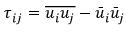
{ \tau _ { i j } } = \overline { { { u _ { i } } { u _ { j } } } } - { { \bar { u } } _ { i } } { { \bar { u } } _ { j } }